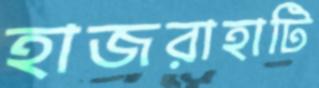
হাজরাহাটি